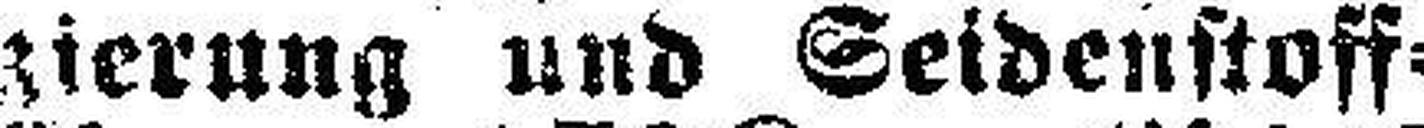
zierung und Seidenstoff¬